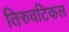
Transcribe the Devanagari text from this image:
तिरुवटिकल